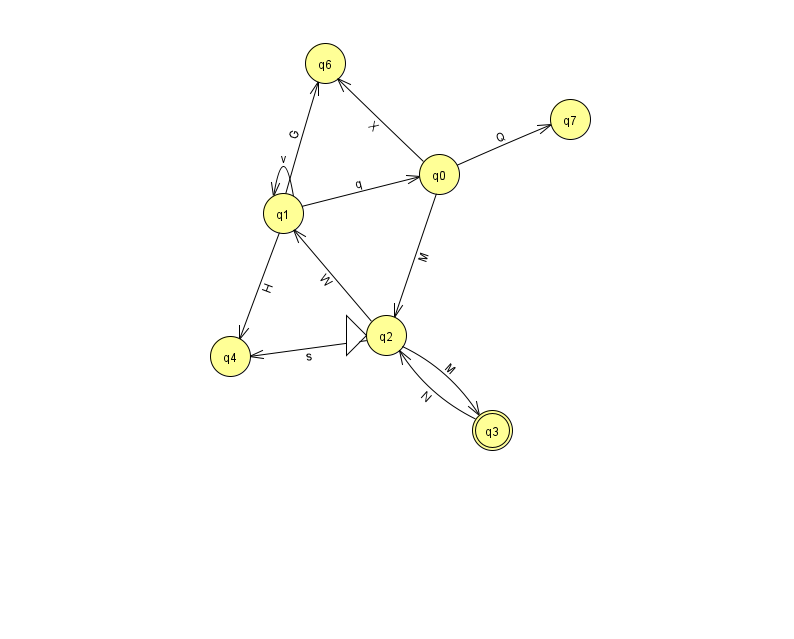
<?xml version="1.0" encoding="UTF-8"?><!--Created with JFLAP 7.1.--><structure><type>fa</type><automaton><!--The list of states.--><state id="0" name="q0"><x>439.0</x><y>161.0</y></state><state id="1" name="q1"><x>283.0</x><y>200.0</y></state><state id="2" name="q2"><x>386.0</x><y>322.0</y><initial/></state><state id="3" name="q3"><x>492.0</x><y>417.0</y><final/></state><state id="4" name="q4"><x>230.0</x><y>343.0</y></state><state id="6" name="q6"><x>325.0</x><y>50.0</y></state><state id="7" name="q7"><x>570.0</x><y>106.0</y></state><!--The list of transitions.--><transition><from>1</from><to>4</to><read>H</read></transition><transition><from>1</from><to>0</to><read>q</read></transition><transition><from>0</from><to>2</to><read>M</read></transition><transition><from>2</from><to>4</to><read>s</read></transition><transition><from>1</from><to>1</to><read>v</read></transition><transition><from>1</from><to>6</to><read>G</read></transition><transition><from>2</from><to>1</to><read>W</read></transition><transition><from>0</from><to>7</to><read>Q</read></transition><transition><from>2</from><to>3</to><read>M</read></transition><transition><from>0</from><to>6</to><read>X</read></transition><transition><from>3</from><to>2</to><read>N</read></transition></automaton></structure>